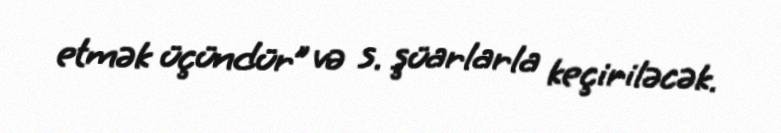
etmək üçündür” və s. şüarlarla keçiriləcək.